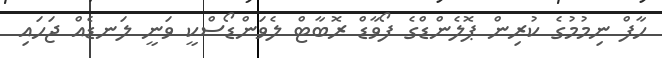
ހާފް ނިމުމުގެ ކުރިން ޕޮލެންޑްގެ ފޯވާޑް ރޮބާޓް ލެވަންޑޯސްކީ ވަނީ ލަނޑެއް ޖަހައި